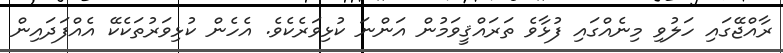
ރާއްޖޭގައި ހަލުވި މިނެއްގައި ފުޅާވެ ތަރައްޤީވަމުން އަންނަ ކުޅިވަރެކެވެ. އެހެން ކުޅިވަރުތަކެކޭ އެއްފަދައިން